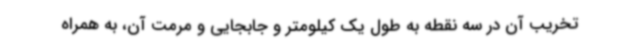
تخریب آن در سه نقطه به طول یک کیلومتر و جابجایی و مرمت آن، به همراه